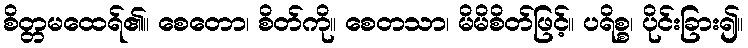
စိတ္တမထေရ်၏။ စေတော၊ စိတ်ကို။ စေတသာ၊ မိမိစိတ်ဖြင့်။ ပရိစ္စ၊ ပိုင်းခြား၍။